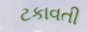
ટકાવતી